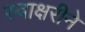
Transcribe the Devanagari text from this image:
स्वाक्षरीने